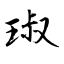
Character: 琡